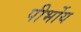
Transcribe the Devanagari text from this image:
पीर्भोय